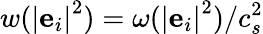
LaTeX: w({\left|{{{\mathbf{e}}_{i}}}\right|^{2}})=\omega({\left|{{{\mathbf{e}}_{i}}}\right|^{2}})/c_{s}^{2}